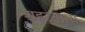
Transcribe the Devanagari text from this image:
शहरनामा